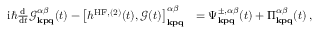
\begin{array} { r l } { \mathrm { i } \hbar \frac { \mathrm { d } } { \mathrm { d } t } \mathcal { G } _ { \mathbf { k p q } } ^ { \alpha \beta } ( t ) - \left[ h ^ { \mathrm { H F } , ( 2 ) } ( t ) , \mathcal { G } ( t ) \right] _ { \mathbf { k p q } } ^ { \alpha \beta } } & { = \Psi _ { \mathbf { k p q } } ^ { \pm , \alpha \beta } ( t ) + \Pi _ { \mathbf { k p q } } ^ { \alpha \beta } ( t ) \, , } \end{array}